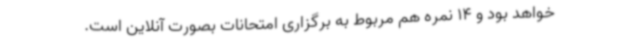
خواهد بود و 14 نمره هم مربوط به برگزاری امتحانات بصورت آنلاین است.